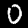
Label: 0